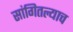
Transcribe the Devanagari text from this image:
सांगितल्याच